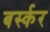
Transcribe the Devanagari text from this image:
बर्स्कर